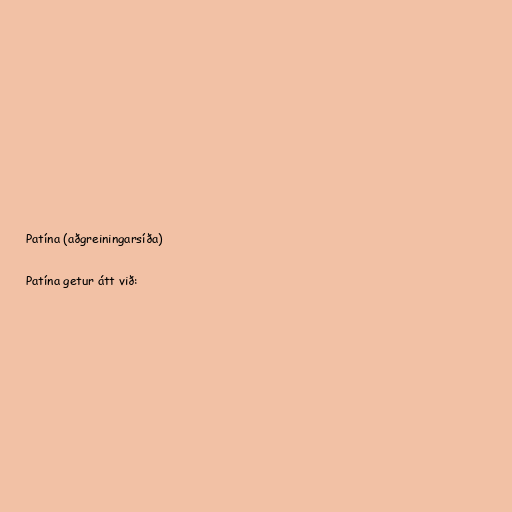
Patína (aðgreiningarsíða)

Patína getur átt við: